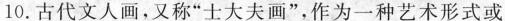
10.古代文人画，又称”士大夫画”，作为一种艺术形式或